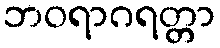
ဘဝရာဂရတ္တာ